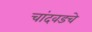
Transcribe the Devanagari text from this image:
चांदवडचे